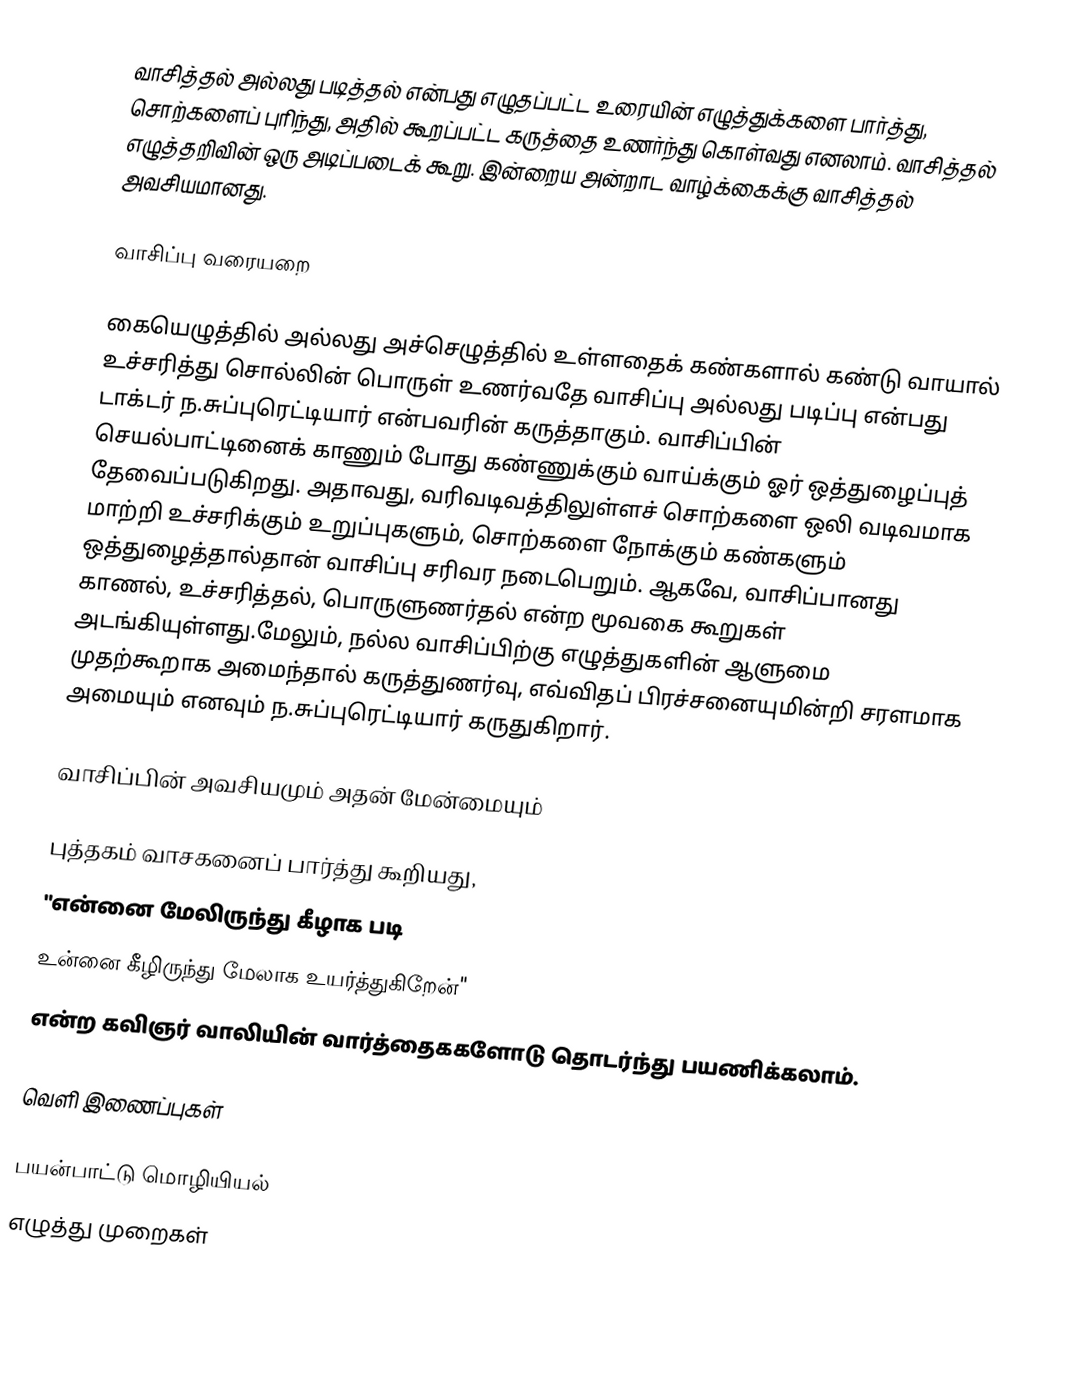
வாசித்தல் அல்லது படித்தல் என்பது எழுதப்பட்ட உரையின் எழுத்துக்களை பார்த்து, சொற்களைப் புரிந்து, அதில் கூறப்பட்ட கருத்தை உணர்ந்து கொள்வது எனலாம்.  வாசித்தல் எழுத்தறிவின் ஒரு அடிப்படைக் கூறு.  இன்றைய அன்றாட வாழ்க்கைக்கு வாசித்தல் அவசியமானது.

வாசிப்பு வரையறை

கையெழுத்தில் அல்லது அச்செழுத்தில் உள்ளதைக் கண்களால் கண்டு வாயால் உச்சரித்து சொல்லின் பொருள் உணர்வதே வாசிப்பு அல்லது படிப்பு என்பது டாக்டர் ந.சுப்புரெட்டியார் என்பவரின் கருத்தாகும். வாசிப்பின் செயல்பாட்டினைக் காணும் போது கண்ணுக்கும் வாய்க்கும் ஓர் ஒத்துழைப்புத் தேவைப்படுகிறது. அதாவது, வரிவடிவத்திலுள்ளச் சொற்களை ஒலி வடிவமாக மாற்றி உச்சரிக்கும் உறுப்புகளும், சொற்களை நோக்கும் கண்களும் ஒத்துழைத்தால்தான் வாசிப்பு சரிவர நடைபெறும். ஆகவே, வாசிப்பானது காணல், உச்சரித்தல், பொருளுணர்தல் என்ற மூவகை கூறுகள் அடங்கியுள்ளது.மேலும், நல்ல வாசிப்பிற்கு எழுத்துகளின் ஆளுமை முதற்கூறாக அமைந்தால் கருத்துணர்வு, எவ்விதப் பிரச்சனையுமின்றி சரளமாக அமையும் எனவும் ந.சுப்புரெட்டியார் கருதுகிறார்.

வாசிப்பின் அவசியமும் அதன் மேன்மையும்

புத்தகம் வாசகனைப் பார்த்து கூறியது,
"என்னை மேலிருந்து கீழாக படி
உன்னை கீழிருந்து மேலாக உயர்த்துகிறேன்"
என்ற கவிஞர் வாலியின் வார்த்தைககளோடு தொடர்ந்து பயணிக்கலாம்.

வெளி இணைப்புகள்

பயன்பாட்டு மொழியியல்
எழுத்து முறைகள்